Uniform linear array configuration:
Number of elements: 48
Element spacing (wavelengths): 0.75
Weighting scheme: uniform
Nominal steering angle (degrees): -30
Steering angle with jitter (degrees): -30.812
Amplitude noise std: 0.05
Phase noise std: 0.05

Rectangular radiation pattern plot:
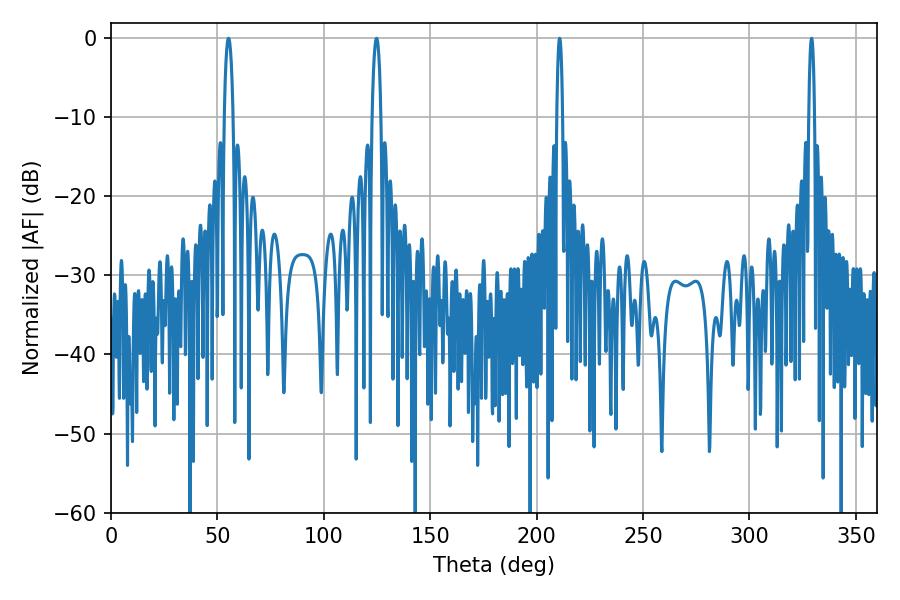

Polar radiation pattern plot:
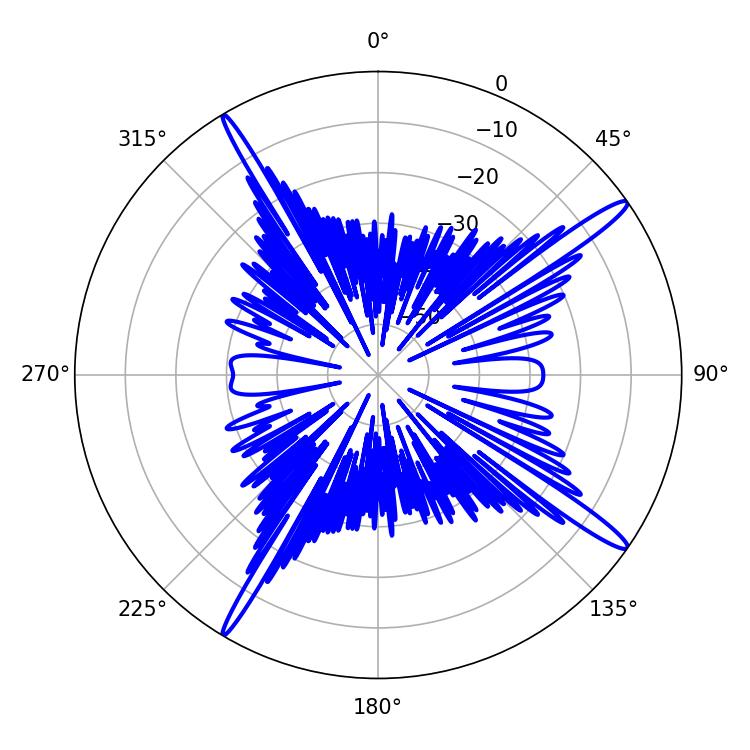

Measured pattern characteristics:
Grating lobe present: TRUE
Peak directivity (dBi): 16.33
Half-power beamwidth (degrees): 1.44
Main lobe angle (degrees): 210.78